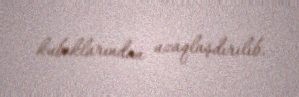
kuboklarından uzaqlaşdırılıb.